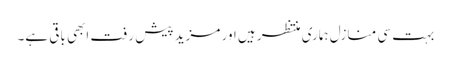
بہت سی منازل ہماری منتظر ہیں اور مزید پیش رفت ابھی باقی ہے۔